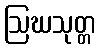
ဩဃသုတ္တ